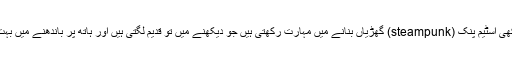
جاپان سے تعلق رکھنے والی فرسک پی (FRISK_P) نامی ڈیزائنر ایسی ہی انوکھی اسٹیم پنک (steampunk) گھڑیاں بنانے میں مہارت رکھتی ہیں جو دیکھنے میں تو قدیم لگتی ہیں اور ہاتھ پر باندھنے میں بہت جگہ گھیرتی ہیں ، لیکن ان کی تیاری میں جدید ٹیکنالوجی کا استعمال کیا گیا ہے۔